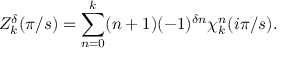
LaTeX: Z _ { k } ^ { \delta } ( \pi / s ) = \sum _ { n = 0 } ^ { k } ( n + 1 ) ( - 1 ) ^ { \delta n } \chi _ { k } ^ { n } ( i \pi / s ) .